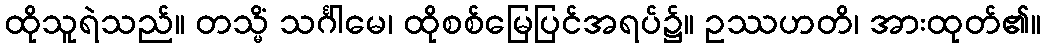
ထိုသူရဲသည်။ တသ္မိံ သင်္ဂါမေ၊ ထိုစစ်မြေပြင်အရပ်၌။ ဥဿဟတိ၊ အားထုတ်၏။